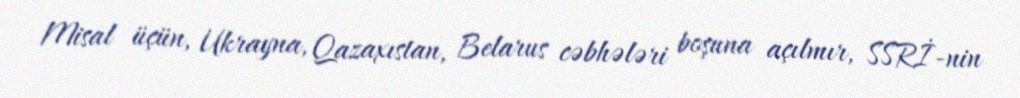
Misal üçün, Ukrayna, Qazaxıstan, Belarus cəbhələri boşuna açılmır, SSRİ-nin